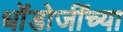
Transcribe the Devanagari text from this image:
धोंडोजींच्या